Vaccine operations Central Provinces & Berar 1922-1929 - 1922-1929
Year: 1922
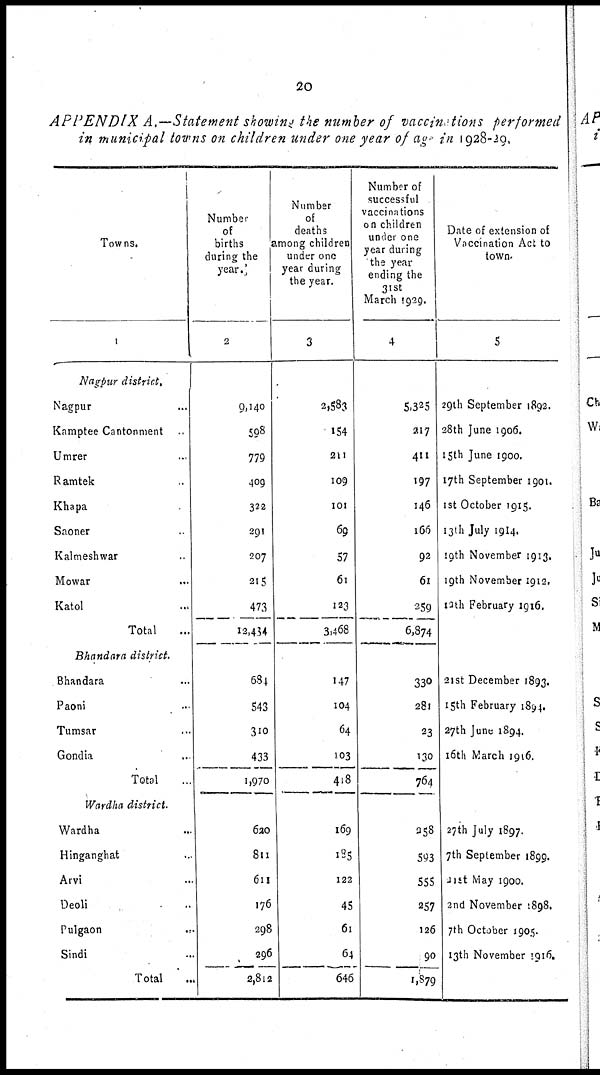
20
APPENDIX A.—Statement showing the number of vaccinations performed
in municipal towns on children under one year of age in 1928-29.
Towns.
1
Nagpur district.
Nagpur...
Kamptee Cantonment..
Umrer...
Ramtek...
Khapa...
Saoner...
Kalmeshwar...
Mowar...
Katol...
Total...
Bhandara district.
Bhandara...
Paoni...
Tumsar...
Gondia...
Total...
Wardha district.
Wardha...
Hinganghat...
Arvi...
Deoli...
Pulgaon...
Sindi...
Total...
Number
of
births
during the
year.
2
9,140
598
779
409
322
291
207
215
473
13,434
684
543
310
433
1,970
620
811
611
176
298
296
2,812
Number
of
deaths
among children
under one
year during
the year.
3
2,583
154
211
109
101
69
57
61
123
3,468
147
104
64
103
418
169
185
122
45
61
64
646
Number of
successful
vaccinations
on children
under one
year during
the year
ending the
31st
March 1929.
4
5,325
217
411
197
146
166
92
61
259
6,874
330
281
23
130
764
258
593
555
257
126
90
1,879
Date of extension of
Vaccination Act to
town.
5
29th September 1892.
28th June 1906.
15th June 1900.
17th September 1901.
1st October 1915.
13th July 1914.
19th November 1913.
19th November 1912.
12th February 1916.
21st December 1893.
15th February 1894.
27th June 1894.
16th March 1916.
27th July 1897.
7th September 1899.
31st May 1900.
2nd November 1898.
7th October 1905.
13th November 1916.